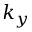
k _ { y }